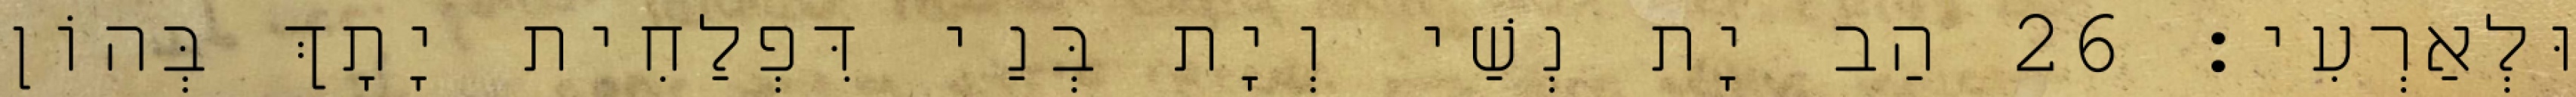
וּלְאַרְעִי׃ 26 הַב יָת נְשַׁי וְיָת בְּנַי דִּפְלַחִית יָתָךְ בְּהוֹן